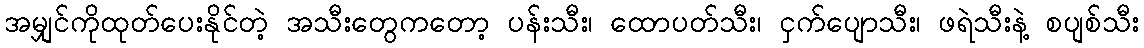
အမျှင်ကိုထုတ်ပေးနိုင်တဲ့ အသီးတွေကတော့ ပန်းသီး၊ ထောပတ်သီး၊ ငှက်ပျောသီး၊ ဖရဲသီးနဲ့ စပျစ်သီး